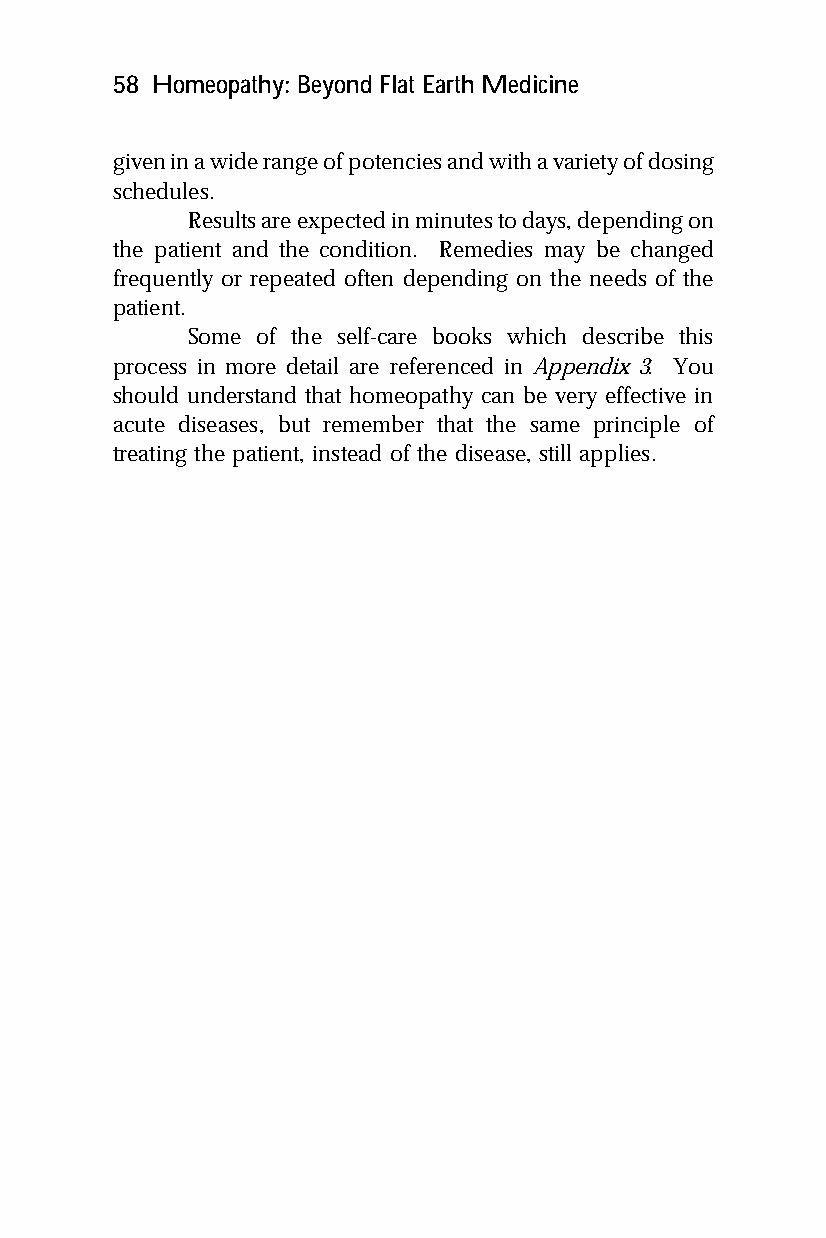
58 Homeopathy: Beyond Flat Earth Medicine
 given in a wide range of potencies and with a variety of dosing
 schedules.
 Results are expected in minutes to days, depending on
 the patient and the condition. Remedies may be changed
 frequently or repeated often depending on the needs of the
 patient.
 Some of the self-care books which describe this
 process in more detail are referenced in Appendix 3. You
 should understand that homeopathy can be very effective in
 acute diseases, but remember that the same principle of
 treating the patient, instead of the disease, still applies.